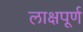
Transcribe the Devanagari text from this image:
लाक्षपूर्ण